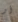
أو